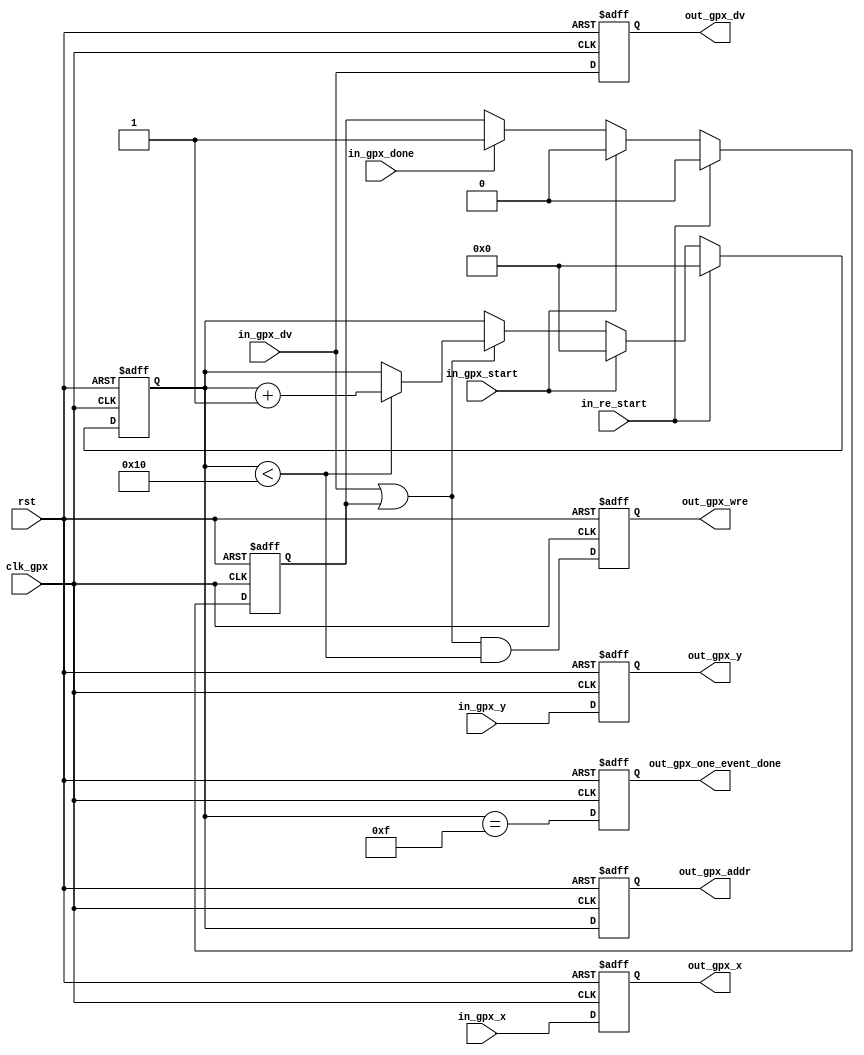
`timescale 1ns / 1ps
//////////////////////////////////////////////////////////////////////////////////
// Company: 
// Engineer: 
// 
// Design Name: 
// Module Name: gpx_data_wr
// Project Name: 
// Target Devices: 
// Tool Versions: 
// Description: 
// 
// Dependencies: 
// 
// Revision:
// Revision 0.01 - File Created
// Additional Comments:
// 
//////////////////////////////////////////////////////////////////////////////////


module gpx_data_wr(
clk_gpx,
                      
                       rst,
                       in_re_start,
                       
                       in_gpx_start,
                       in_gpx_x,
                       in_gpx_y,
                       in_gpx_dv,
                       in_gpx_done,
                       
                       
                       
                       
                       
                       out_gpx_x,
                       out_gpx_y,
                       out_gpx_dv,
                       out_gpx_wre,
                       out_gpx_addr,
                       out_gpx_one_event_done
                       
                       );

input                       clk_gpx;

input                       rst;
input                       in_re_start;

input                       in_gpx_start;                
input[13:0]                 in_gpx_x;
input[16:0]                 in_gpx_y;
input                       in_gpx_dv;
input                       in_gpx_done;
                       
                       
                       
                       
                       
output reg[13:0]                 out_gpx_x;
output reg[16:0]                 out_gpx_y;
output reg                       out_gpx_dv;
output reg                       out_gpx_wre;
output reg[8:0]                  out_gpx_addr;
output reg                       out_gpx_one_event_done;

parameter MAX_DATA = 9'd16;

reg      gpx_data_done_flag;

reg[8:0] cnt;

always @(posedge clk_gpx or posedge rst)
if(rst) begin
     gpx_data_done_flag <= 1'b0;
end
else begin
    if(in_re_start)gpx_data_done_flag <= 1'b0;
    else begin
        if(in_gpx_start) gpx_data_done_flag <= 1'b0;
        else if(in_gpx_done) gpx_data_done_flag <= 1'b1;
    end
end

always @(posedge clk_gpx or posedge rst)
if(rst) cnt <= 9'd0;
else begin
    if(in_re_start) cnt <= 9'd0;
    else begin
        if(in_gpx_start) cnt <= 9'd0;
        else begin
            if(in_gpx_dv | gpx_data_done_flag) begin
                if(cnt < MAX_DATA) cnt<= cnt + 1'b1;
            end
        end
    end
end

always @(posedge clk_gpx or posedge rst)
if(rst) begin
    out_gpx_addr <= 9'd0;
end
else begin
    out_gpx_addr <= cnt;
end

always @(posedge clk_gpx or posedge rst)
if(rst) begin
    out_gpx_wre <= 1'b0;
end
else begin
    out_gpx_wre <= (in_gpx_dv|gpx_data_done_flag) & (cnt < MAX_DATA);
end

always @(posedge clk_gpx or posedge rst)
if(rst) out_gpx_one_event_done <= 1'b0;
else begin
    out_gpx_one_event_done <= (cnt == (MAX_DATA-1'b1));
end

always@(posedge clk_gpx or posedge rst)
if(rst) begin
    out_gpx_x <=14'd0;
    out_gpx_y <= 17'd0;
    out_gpx_dv <= 1'b0;
end
else begin
    out_gpx_x <= in_gpx_x;
    out_gpx_y <= in_gpx_y;
    out_gpx_dv <= in_gpx_dv;
end

endmodule